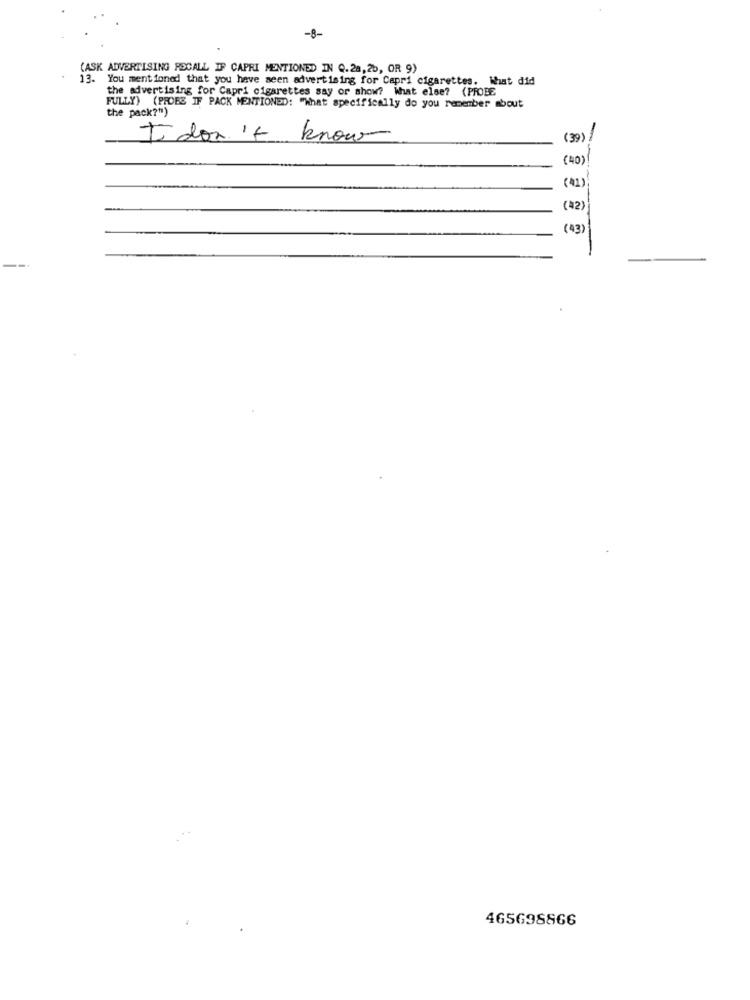
-B-
(ASK ADVERTISING ROCALL IF CAPRI MENTIONED IN Q.28,25, OR 9)
13.
You mentioned that you have seen advertising for Capri cigarettes. What did
the advertising for Capri cigarettes say or show? What else? (PROBE
FULLY) (PROBE IF PACK MENTIONED: "What specifically do you remember about
the pack?")
I don't know
(39)
(40)
(41)
(42)
(43
465698866